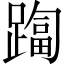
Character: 𨄑